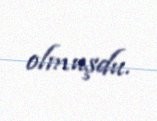
olmuşdu.